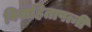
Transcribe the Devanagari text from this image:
विवाहितापत्नी